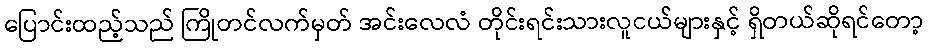
ပြောင်းထည့်သည် ကြိုတင်လက်မှတ် အင်းလေလံ တိုင်းရင်းသားလူငယ်များနှင့် ရှိတယ်ဆိုရင်တော့